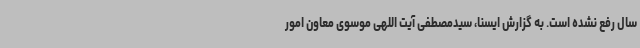
سال رفع نشده است. به گزارش ایسنا، سیدمصطفی آیت اللهی موسوی معاون امور